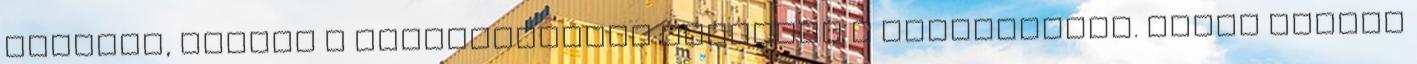
állapot, amikor a vércukorszint magasabb a normálisnál. Akkor alakul